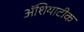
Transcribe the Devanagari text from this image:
ॲशियाटीक